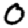
Digit: 0